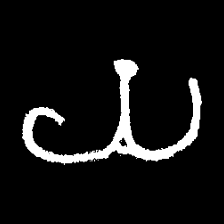
Pyu character \u2014 Myanmar letter: ယ (romanized: ya)